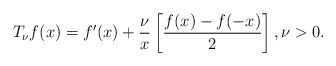
\begin{align*} T_\nu f(x)=f'(x)+\frac{\nu}{x}\left[\frac{f(x)-f(-x)}{2}\right], \nu>0.\end{align*}